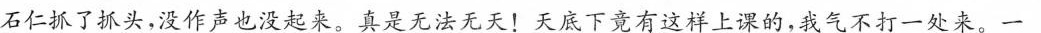
石仁抓了抓头，没作声也没起来。真是无法无天！天底下竟有这样上课的，我气不打一处来。一